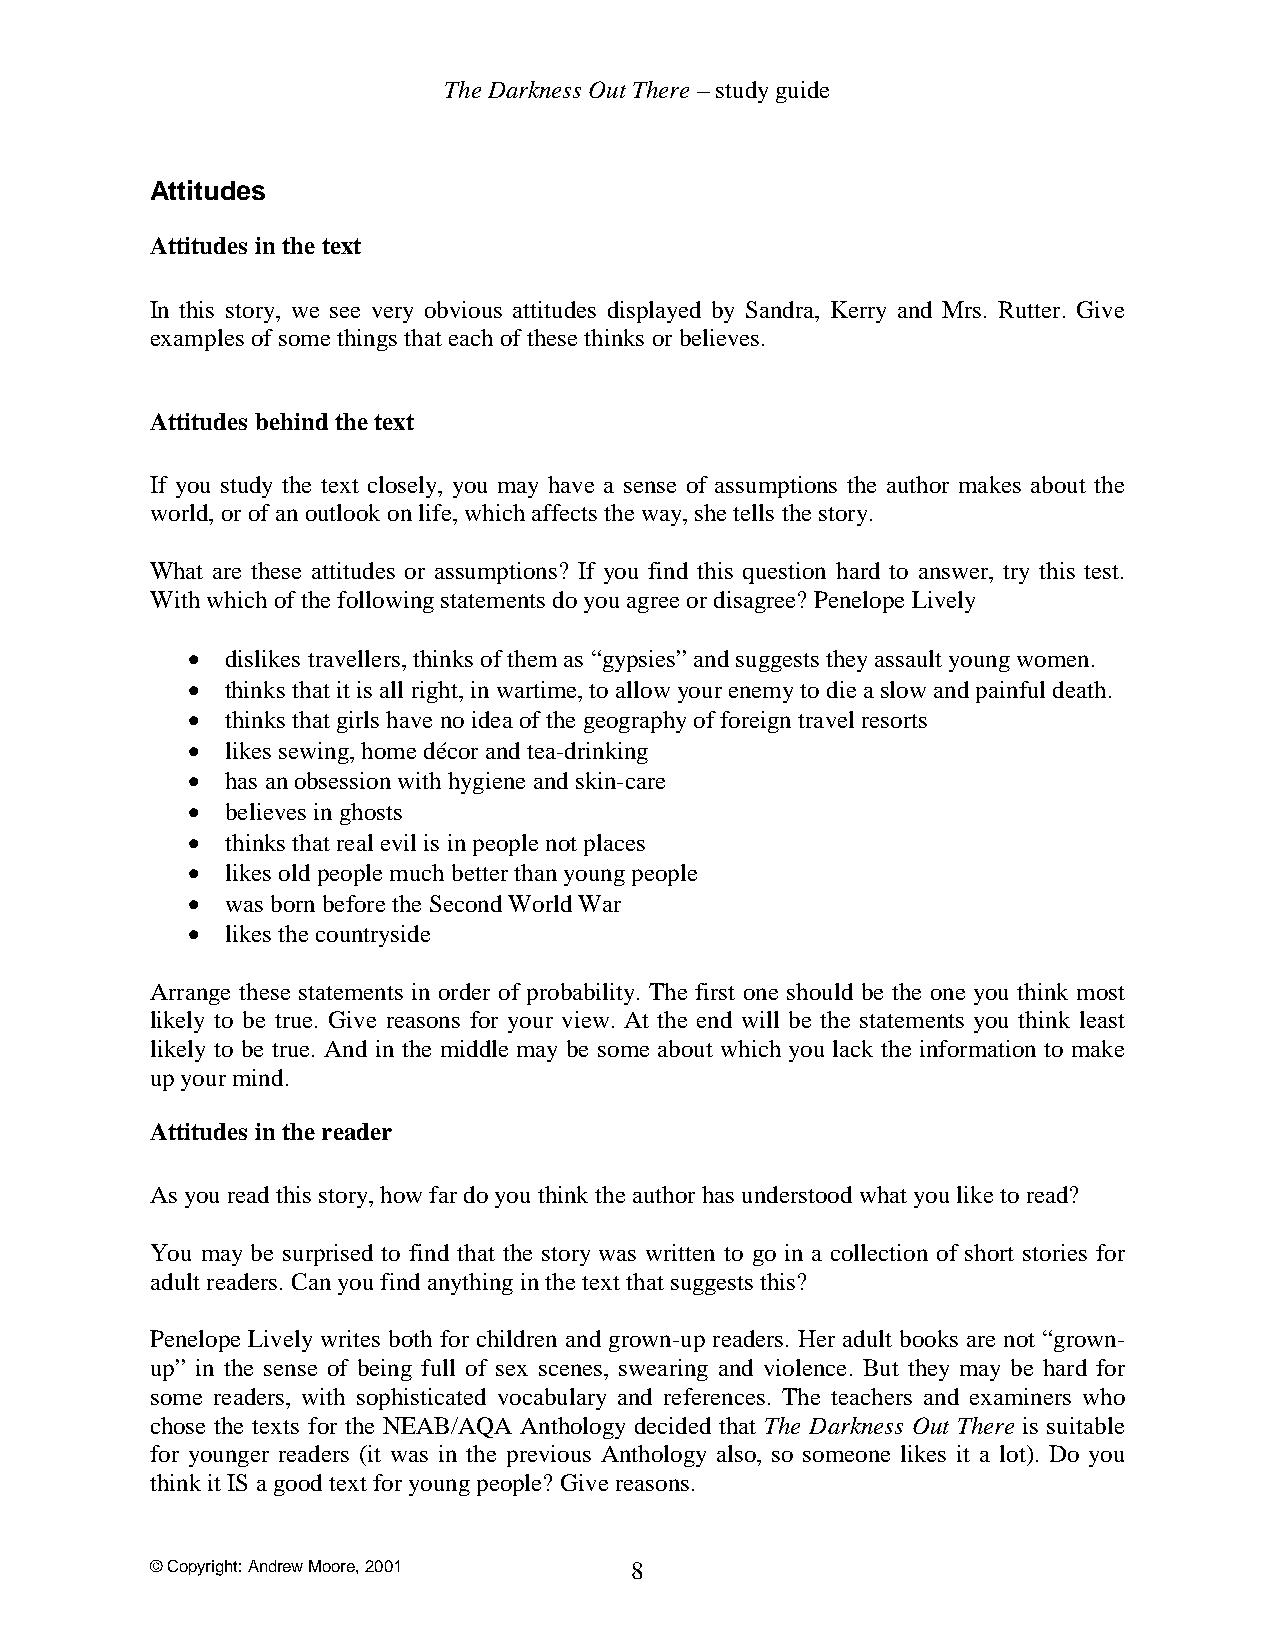
The Darkness Out There – study guide
 Attitudes
 Attitudes in the text
 In this story, we see very obvious attitudes displayed by Sandra, Kerry and Mrs. Rutter. Give
 examples of some things that each of these thinks or believes.
 Attitudes behind the text
 If you study the text closely, you may have a sense of assumptions the author makes about the
 world, or of an outlook on life, which affects the way, she tells the story.
 What are these attitudes or assumptions? If you find this question hard to answer, try this test.
 With which of the following statements do you agree or disagree? Penelope Lively
 •  dislikes travellers, thinks of them as “gypsies” and suggests they assault young women.
 •  thinks that it is all right, in wartime, to allow your enemy to die a slow and painful death.
 •  thinks that girls have no idea of the geography of foreign travel resorts
 •  likes sewing, home décor and tea-drinking
 •  has an obsession with hygiene and skin-care
 •  believes in ghosts
 •  thinks that real evil is in people not places
 •  likes old people much better than young people
 •  was born before the Second World War
 •  likes the countryside
 Arrange these statements in order of probability. The first one should be the one you think most
 likely to be true. Give reasons for your view. At the end will be the statements you think least
 likely to be true. And in the middle may be some about which you lack the information to make
 up your mind.
 Attitudes in the reader
 As you read this story, how far do you think the author has understood what you like to read?
 You may be surprised to find that the story was written to go in a collection of short stories for
 adult readers. Can you find anything in the text that suggests this?
 Penelope Lively writes both for children and grown-up readers. Her adult books are not “grown-
 up” in the sense of being full of sex scenes, swearing and violence. But they may be hard for
 some readers, with sophisticated vocabulary and references. The teachers and examiners who
 chose the texts for the NEAB/AQA Anthology decided that The Darkness Out There is suitable
 for younger readers (it was in the previous Anthology also, so someone likes it a lot). Do you
 think it IS a good text for young people? Give reasons.
 © Copyright: Andrew Moore, 2001 8